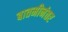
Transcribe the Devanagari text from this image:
बातमीनंतर